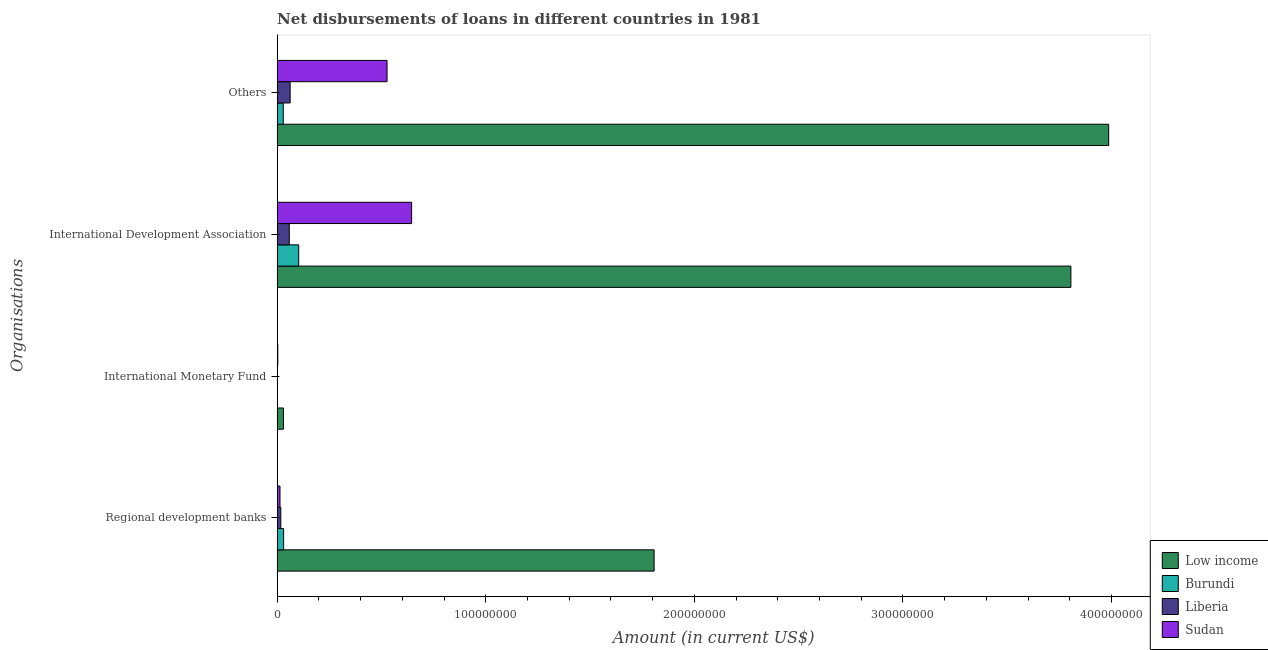
| Organisations | Low income | Burundi | Liberia | Sudan |
 | --- | --- | --- | --- | --- |
 | Regional development banks | 1.81e+08 | 3.11e+06 | 1.76e+06 | 1.37e+06 |
 | International Monetary Fund | 3.02e+06 | 8.5e+04 | 1.29e+05 | 3.2e+05 |
 | International Development Association | 3.81e+08 | 1.03e+07 | 5.83e+06 | 6.45e+07 |
 | Others | 3.99e+08 | 2.94e+06 | 6.24e+06 | 5.27e+07 |